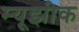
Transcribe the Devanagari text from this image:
म्यूझीक